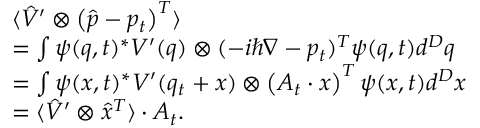
\begin{array} { r l } & { \langle \hat { V } ^ { \prime } \otimes \left( \hat { p } - p _ { t } \right) ^ { T } \rangle } \\ & { = \int \psi ( q , t ) ^ { \ast } V ^ { \prime } ( q ) \otimes ( - i \hbar \nabla - p _ { t } ) ^ { T } \psi ( q , t ) d ^ { D } q } \\ & { = \int \psi ( x , t ) ^ { \ast } V ^ { \prime } ( q _ { t } + x ) \otimes \left( A _ { t } \cdot x \right) ^ { T } \psi ( x , t ) d ^ { D } x } \\ & { = \langle \hat { V } ^ { \prime } \otimes \hat { x } ^ { T } \rangle \cdot A _ { t } . } \end{array}